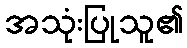
အသုံးပြုသူ၏